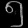
Digit: ၅